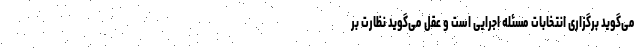
می‌گوید برگزاری انتخابات مسئله اجرایی است و عقل می‌گوید نظارت بر